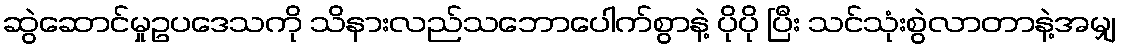
ဆွဲဆောင်မှုဥပဒေသကို သိနားလည်သဘောပေါက်စွာနဲ့ ပိုပို ပြီး သင်သုံးစွဲလာတာနဲ့အမျှ